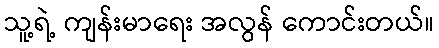
သူ့ရဲ့ ကျန်းမာရေး အလွန် ကောင်းတယ်။